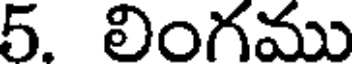
5. లింగము